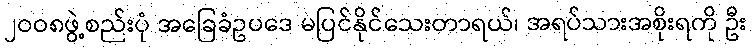
၂ဝဝ၈ဖွဲ့စည်းပုံ အခြေခံဥပဒေ မပြင်နိုင်သေးတာရယ်၊ အရပ်သားအစိုးရကို ဦး